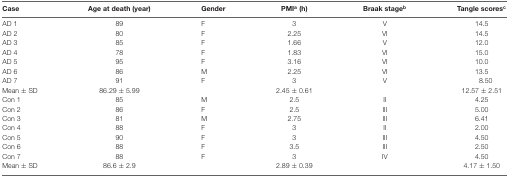
<table><thead><tr><td><b>Case</b></td><td><b>Age at death (year)</b></td><td><b>Gender</b></td><td><b>PMI<sup>a</sup> (h)</b></td><td><b>Braak stage<sup>b</sup></b></td><td><b>Tangle scores<sup>c</sup></b></td></tr></thead><tbody><tr><td>AD 1</td><td>89</td><td>F</td><td>3</td><td>V</td><td>14.5</td></tr><tr><td>AD 2</td><td>80</td><td>F</td><td>2.25</td><td>VI</td><td>14.5</td></tr><tr><td>AD 3</td><td>85</td><td>F</td><td>1.66</td><td>V</td><td>12.0</td></tr><tr><td>AD 4</td><td>78</td><td>F</td><td>1.83</td><td>VI</td><td>15.0</td></tr><tr><td>AD 5</td><td>95</td><td>F</td><td>3.16</td><td>VI</td><td>10.0</td></tr><tr><td>AD 6</td><td>86</td><td>M</td><td>2.25</td><td>VI</td><td>13.5</td></tr><tr><td>AD 7</td><td>91</td><td>F</td><td>3</td><td>V</td><td>8.50</td></tr><tr><td>Mean ± SD</td><td>86.29 ± 5.99</td><td></td><td>2.45 ± 0.61</td><td></td><td>12.57 ± 2.51</td></tr><tr><td>Con 1</td><td>85</td><td>M</td><td>2.5</td><td>II</td><td>4.25</td></tr><tr><td>Con 2</td><td>86</td><td>F</td><td>2.5</td><td>III</td><td>5.00</td></tr><tr><td>Con 3</td><td>81</td><td>M</td><td>2.75</td><td>III</td><td>6.41</td></tr><tr><td>Con 4</td><td>88</td><td>F</td><td>3</td><td>II</td><td>2.00</td></tr><tr><td>Con 5</td><td>90</td><td>F</td><td>3</td><td>III</td><td>4.50</td></tr><tr><td>Con 6</td><td>88</td><td>F</td><td>3.5</td><td>III</td><td>2.50</td></tr><tr><td>Con 7</td><td>88</td><td>F</td><td>3</td><td>IV</td><td>4.50</td></tr><tr><td>Mean ± SD</td><td>86.6 ± 2.9</td><td></td><td>2.89 ± 0.39</td><td></td><td>4.17 ± 1.50</td></tr></tbody></table>